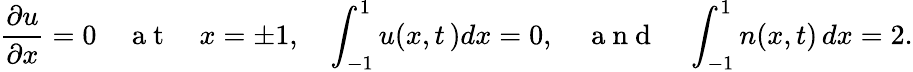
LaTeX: \frac{\partial u}{\partial x}=0\quad\mathrm{~a~t~}\quad x=\pm 1,\quad\int_{-1}^{1}u(x,t\, )dx=0,\quad\mathrm{~a~n~d~}\quad\int_{-1}^{1}n(x,t)\, dx=2.